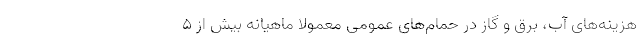
هزینه‌های آب، برق و گاز در حمام‌های عمومی معمولا ماهیانه بیش از ۵